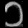
Digit: ၁